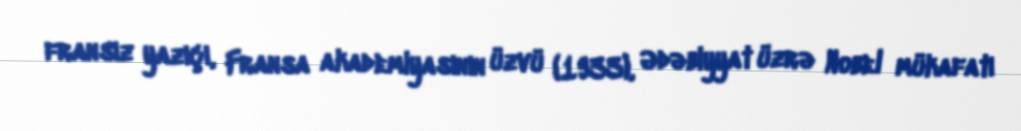
fransız yazıçı, Fransa akademiyasının üzvü (1933), Ədəbiyyat üzrə Nobel mükafatı